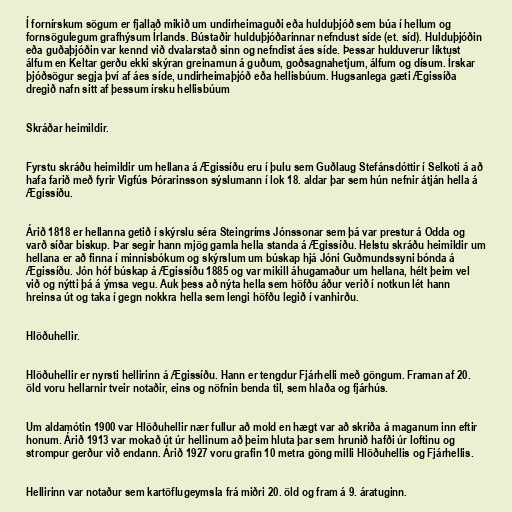
Í fornírskum sögum er fjallað mikið um undirheimaguði eða hulduþjóð sem búa í hellum og
fornsögulegum grafhýsum Írlands. Bústaðir hulduþjóðarinnar nefndust síde (et. síd). Hulduþjóðin
eða guðaþjóðin var kennd við dvalarstað sinn og nefndist áes síde. Þessar hulduverur líktust
álfum en Keltar gerðu ekki skýran greinamun á guðum, goðsagnahetjum, álfum og dísum. Írskar
þjóðsögur segja því af áes síde, undirheimaþjóð eða hellisbúum. Hugsanlega gæti Ægissíða
dregið nafn sitt af þessum írsku hellisbúum

Skráðar heimildir.

Fyrstu skráðu heimildir um hellana á Ægissíðu eru í þulu sem Guðlaug Stefánsdóttir í Selkoti á að
hafa farið með fyrir Vigfús Þórarinsson sýslumann í lok 18. aldar þar sem hún nefnir átján hella á
Ægissíðu.

Árið 1818 er hellanna getið í skýrslu séra Steingríms Jónssonar sem þá var prestur á Odda og
varð síðar biskup. Þar segir hann mjög gamla hella standa á Ægissíðu. Helstu skráðu heimildir um
hellana er að finna í minnisbókum og skýrslum um búskap hjá Jóni Guðmundssyni bónda á
Ægissíðu. Jón hóf búskap á Ægissíðu 1885 og var mikill áhugamaður um hellana, hélt þeim vel
við og nýtti þá á ýmsa vegu. Auk þess að nýta hella sem höfðu áður verið í notkun lét hann
hreinsa út og taka í gegn nokkra hella sem lengi höfðu legið í vanhirðu.

Hlöðuhellir.

Hlöðuhellir er nyrsti hellirinn á Ægissíðu. Hann er tengdur Fjárhelli með göngum. Framan af 20.
öld voru hellarnir tveir notaðir, eins og nöfnin benda til, sem hlaða og fjárhús.

Um aldamótin 1900 var Hlöðuhellir nær fullur að mold en hægt var að skríða á maganum inn eftir
honum. Árið 1913 var mokað út úr hellinum að þeim hluta þar sem hrunið hafði úr loftinu og
strompur gerður við endann. Árið 1927 voru grafin 10 metra göng milli Hlöðuhellis og Fjárhellis.

Hellirinn var notaður sem kartöflugeymsla frá miðri 20. öld og fram á 9. áratuginn.